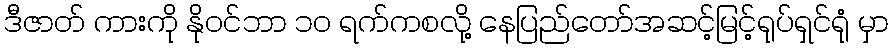
ဒီဇာတ် ကားကို နိုဝင်ဘာ ၁၀ ရက်ကစလို့ နေပြည်တော်အဆင့်မြင့်ရုပ်ရှင်ရုံ မှာ